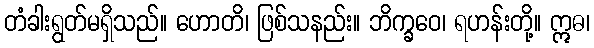
တံခါးရွတ်မရှိသည်။ ဟောတိ၊ ဖြစ်သနည်း။ ဘိက္ခဝေ၊ ရဟန်းတို့။ ဣဓ၊